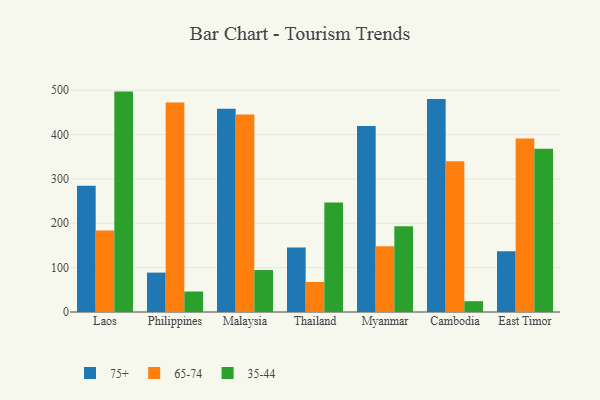
{"axis": {"x": "Country", "y": "Gross Profit (USD K)"}, "legend": ["35-44", "65-74", "75+"], "data": [{"x": "Laos", "y": 284.6, "type": "75+"}, {"x": "Laos", "y": 184.0, "type": "65-74"}, {"x": "Laos", "y": 496.9, "type": "35-44"}, {"x": "Philippines", "y": 88.8, "type": "75+"}, {"x": "Philippines", "y": 472.3, "type": "65-74"}, {"x": "Philippines", "y": 46.2, "type": "35-44"}, {"x": "Malaysia", "y": 458.2, "type": "75+"}, {"x": "Malaysia", "y": 445.3, "type": "65-74"}, {"x": "Malaysia", "y": 94.6, "type": "35-44"}, {"x": "Thailand", "y": 145.2, "type": "75+"}, {"x": "Thailand", "y": 67.6, "type": "65-74"}, {"x": "Thailand", "y": 246.9, "type": "35-44"}, {"x": "Myanmar", "y": 419.6, "type": "75+"}, {"x": "Myanmar", "y": 148.3, "type": "65-74"}, {"x": "Myanmar", "y": 193.6, "type": "35-44"}, {"x": "Cambodia", "y": 480.4, "type": "75+"}, {"x": "Cambodia", "y": 339.7, "type": "65-74"}, {"x": "Cambodia", "y": 24.4, "type": "35-44"}, {"x": "East Timor", "y": 136.7, "type": "75+"}, {"x": "East Timor", "y": 391.1, "type": "65-74"}, {"x": "East Timor", "y": 368.1, "type": "35-44"}]}